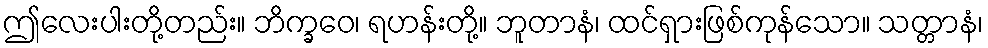
ဤလေးပါးတို့တည်း။ ဘိက္ခဝေ၊ ရဟန်းတို့။ ဘူတာနံ၊ ထင်ရှားဖြစ်ကုန်သော။ သတ္တာနံ၊